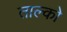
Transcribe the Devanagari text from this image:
ताल्को